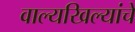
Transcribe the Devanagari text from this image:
वाल्यखिल्यांचे